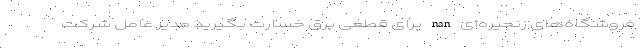
فروشگاه‌های زنجیره‌ای nan برای قطعی برق خسارت بگیرید مدیر عامل شرکت